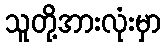
သူတို့အားလုံးမှာ